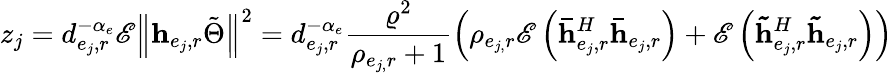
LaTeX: z_{j}=d_{e_{j},r}^{-\alpha_{e}}\mathscr{E}\left\Vert\mathbf{h}_{e_{j},r}\tilde{\Theta}\right\Vert^{2}=d_{e_{j},r}^{-\alpha_{e}}\frac{\varrho^{2}}{\rho_{e_{j,}r}+1}\left(\rho_{e_{j,}r}\mathscr{E}\left(\mathbf{\bar{h}}_{e_{j},r}^{H}\mathbf{\bar{h}}_{e_{j},r}\right)+\mathscr{E}\left(\mathbf{\tilde{h}}_{e_{j},r}^{H}\mathbf{\tilde{h}}_{e_{j},r}\right)\right)